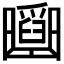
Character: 𠚡